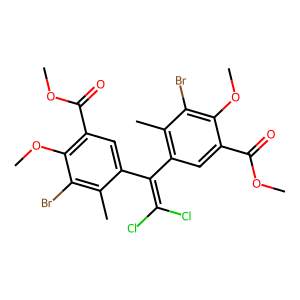
SMILES: COC(=O)c1cc(C(=C(Cl)Cl)c2cc(C(=O)OC)c(OC)c(Br)c2C)c(C)c(Br)c1OC
Inhibits HIV replication: No